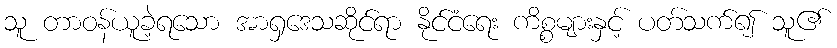
သူ တာဝန်ယူခဲ့ရသော အာရှဒေသဆိုင်ရာ နိုင်ငံရေး ကိစ္စများနှင့် ပတ်သက်၍ သူ၏